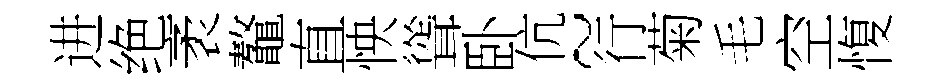
进绝袤鼇直怏聳卧伉~行菊毛空愎